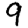
Digit: 9